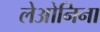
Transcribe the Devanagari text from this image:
लेओनिना